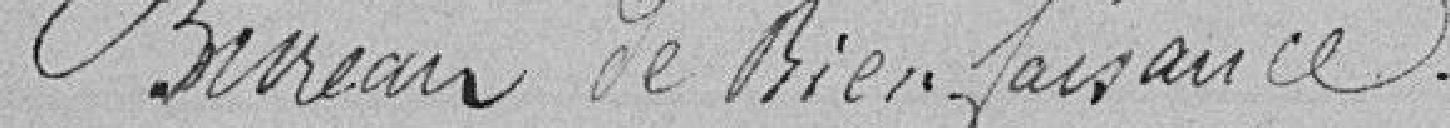
Bureau de bienfaisance